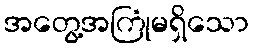
အတွေ့အကြုံမရှိသော